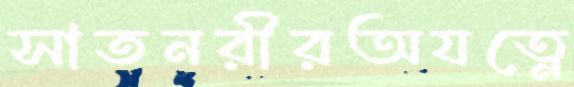
সাতনরীরঅযত্নে